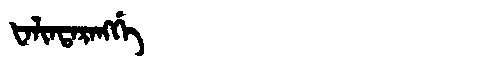
Manchu: ᡶᠠᠯᡳᠨᡨᠠᡵᠠᠩᡤᡝ
Romanization: FALINTARANGGE